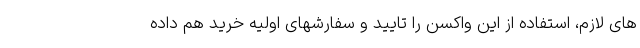
های لازم، استفاده از این واکسن را تایید و سفارشهای اولیه خرید هم داده